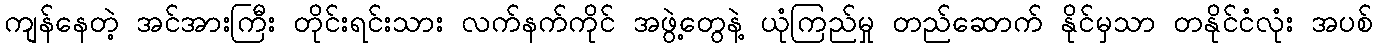
ကျန်နေတဲ့ အင်အားကြီး တိုင်းရင်းသား လက်နက်ကိုင် အဖွဲ့တွေနဲ့ ယုံကြည်မှု တည်ဆောက် နိုင်မှသာ တနိုင်ငံလုံး အပစ်